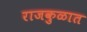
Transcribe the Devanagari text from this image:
राजकुळात